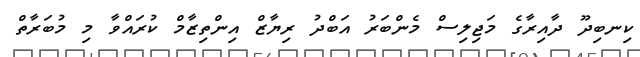
ކިނބިދޫ ދާއިރާގެ މަޖިލިސް މެންބަރު އަބްދު ރިޔާޒް އިންތިޒާމް ކުރައްވާ މި މުބަރާތް